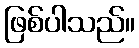
ဖြစ်ပါသည်။